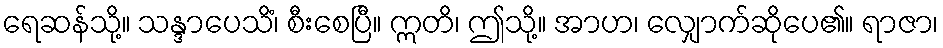
ရေဆန်သို့။ သန္ဒာပေသိံ၊ စီးစေပြီ။ ဣတိ၊ ဤသို့။ အာဟ၊ လျှောက်ဆိုပေ၏။ ရာဇာ၊